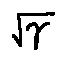
\sqrt { \gamma }